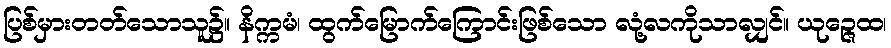
ပြစ်မှားတတ်သောသူ၌။ နိက္ကမံ၊ ထွက်မြောက်ကြောင်းဖြစ်သော လုံ့လကိုသာလျှင်။ ယုဉ္ဇေထ၊